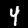
Label: 4